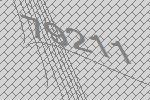
79211